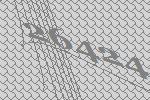
26424